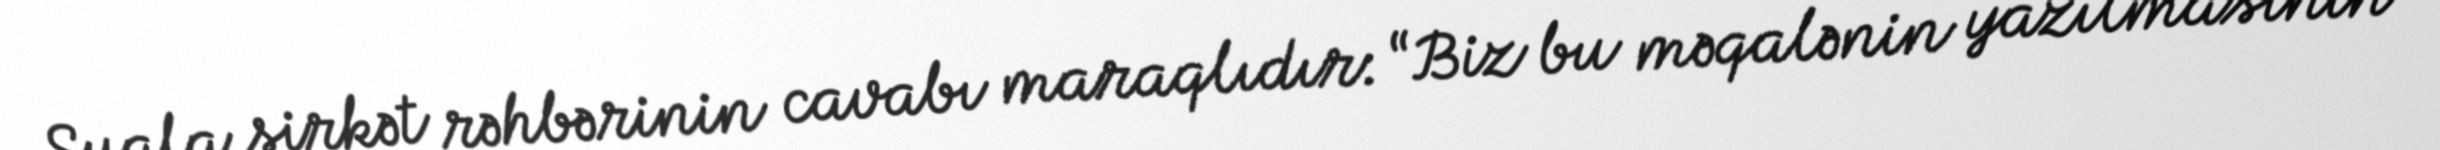
Suala şirkət rəhbərinin cavabı maraqlıdır: “Biz bu məqalənin yazılmasının